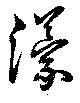
濛